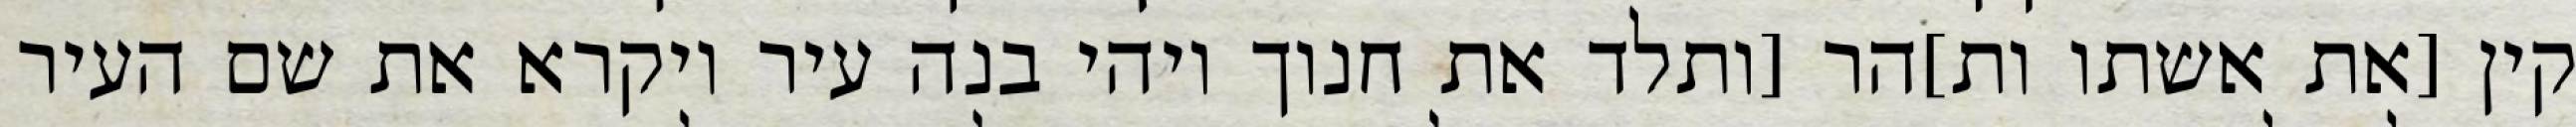
קין [את אשתו ות]הר [ותלד את חנוך ויהי בנה עיר ויקרא את שם העיר